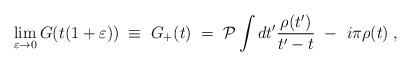
\begin{align*}\lim_{\varepsilon \rightarrow 0} G(t(1+\varepsilon)) \; \equiv \;G_+(t) \; = \; {\cal P}\int dt'\frac{\rho(t')}{t'-t}~-~i\pi\rho(t) \; ,\end{align*}